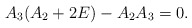
\begin{align*}A_{3}(A_{2}+2E)-A_{2}A_{3}=0.\end{align*}